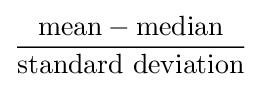
{\frac {{\text{mean}}-{\text{median}}}{\text{standard deviation}}}